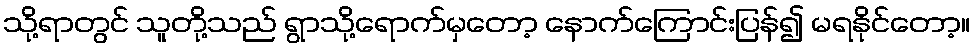
သို့ရာတွင် သူတို့သည် ရွာသို့ရောက်မှတော့ နောက်ကြောင်းပြန်၍ မရနိုင်တော့။